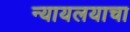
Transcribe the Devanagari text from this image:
न्यायलयाचा